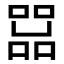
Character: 𠼨